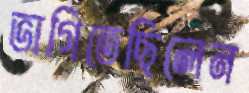
ভাগিতেছিলেন